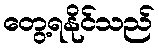
တွေ့ရနိုင်သည်